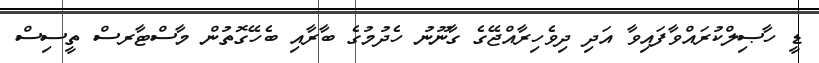
ޑީ ހާޞިލްކުރައްވާފައިވާ އަދި ދިވެހިރާއްޖޭގެ ގާނޫނު ހެދުމުގެ ބާރާއި ބެހޭގޮތުން މާސްޓާރސް ތީސިސް